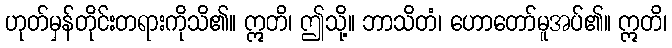
ဟုတ်မှန်တိုင်းတရားကိုသိ၏။ ဣတိ၊ ဤသို့။ ဘာသိတံ၊ ဟောတော်မူအပ်၏။ ဣတိ၊